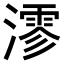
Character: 𤀍